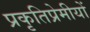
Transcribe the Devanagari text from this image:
प्रकृतिप्रेमीयों